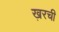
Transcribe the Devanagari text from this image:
ख़रची